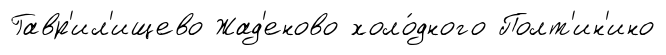
Гавр'ил'ищево Жад'еново холо́дного Полт'ин'ино